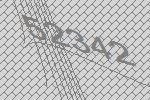
52342